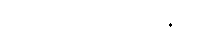
ဆိုင်ကယ်မောင်းနှင်သူ